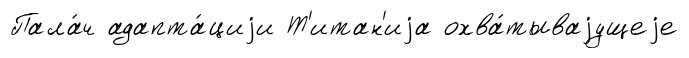
Пала́ч адапта́циjи Т'итан'иjа охва́тываjущеjе